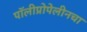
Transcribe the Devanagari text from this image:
पॉलीप्रोपेलीनचा